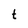
Character: t